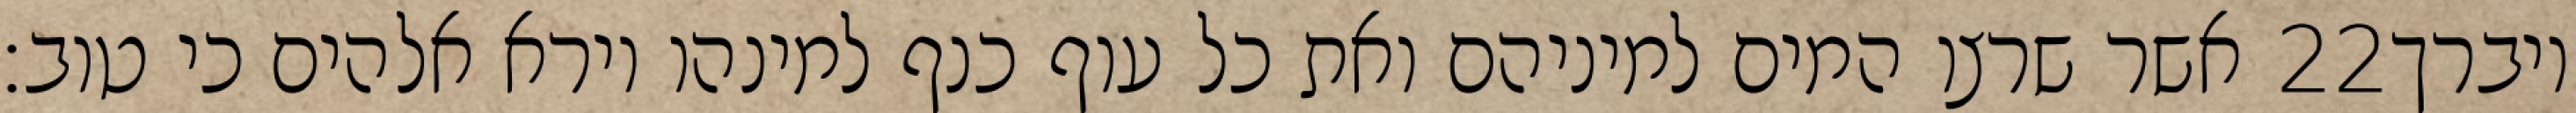
אשר שרצו המים למיניהם ואת כל עוף כנף למינהו וירא אלהים כי טוב׃ ‎22‏ ויברך